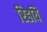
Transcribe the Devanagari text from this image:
रिहयि